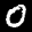
Digit: 0